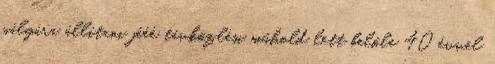
pályára állítani jééé távközlési műhold lett belőle 40 évvel